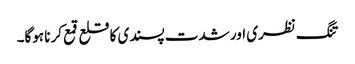
تنگ نظری اور شدت پسندی کا قلع قمع کرنا ہوگا۔